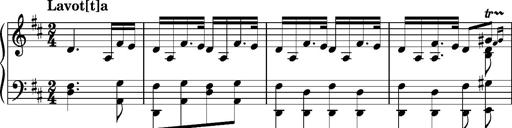
Title: Ungarischer Romanzero
Composer: Franz Liszt